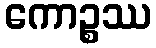
ကောဉ္စဿ